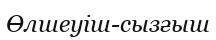
Өлшеуіш-сызғыш